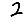
Digit: 2